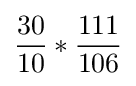
{\frac {30}{10}}*{\frac {111}{106}}